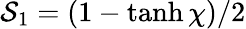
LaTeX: \mathcal{S}_{1}=(1-\operatorname{tanh}\chi)/2